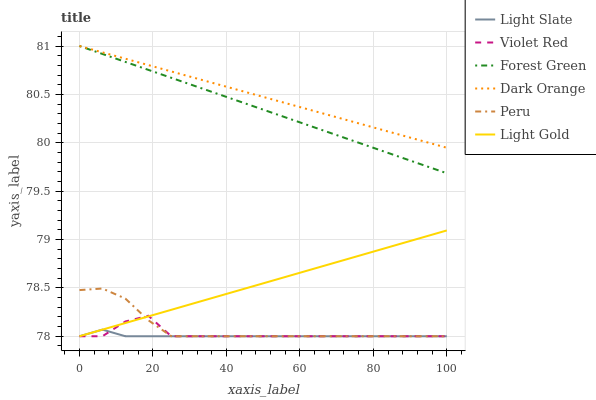
| xaxis_label | Light Slate | Violet Red | Forest Green | Dark Orange | Peru | Light Gold |
 | --- | --- | --- | --- | --- | --- | --- |
 | 0 | 78 | 78 | 81 | 81 | 78.5 | 78 |
 | 6.25 | 78.1 | 78 | 80.9 | 80.9 | 78.5 | 78.1 |
 | 12.5 | 78 | 78.2 | 80.8 | 80.9 | 78.4 | 78.1 |
 | 18.8 | 78 | 78.2 | 80.8 | 80.8 | 78.2 | 78.2 |
 | 25 | 78 | 78 | 80.7 | 80.7 | 78 | 78.3 |
 | 31.2 | 78 | 78 | 80.6 | 80.7 | 78 | 78.3 |
 | 37.5 | 78 | 78 | 80.5 | 80.6 | 78 | 78.4 |
 | 43.8 | 78 | 78 | 80.4 | 80.5 | 78 | 78.5 |
 | 50 | 78 | 78 | 80.3 | 80.5 | 78 | 78.5 |
 | 56.2 | 78 | 78 | 80.3 | 80.4 | 78 | 78.6 |
 | 62.5 | 78 | 78 | 80.2 | 80.3 | 78 | 78.7 |
 | 68.8 | 78 | 78 | 80.1 | 80.3 | 78 | 78.8 |
 | 75 | 78 | 78 | 80 | 80.2 | 78 | 78.8 |
 | 81.2 | 78 | 78 | 79.9 | 80.1 | 78 | 78.9 |
 | 87.5 | 78 | 78 | 79.8 | 80.1 | 78 | 79 |
 | 93.8 | 78 | 78 | 79.8 | 80 | 78 | 79 |
 | 100 | 78 | 78 | 79.7 | 79.9 | 78 | 79.1 |